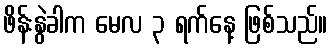
ဖိန်းနွဲခါက မေလ ၃ ရက်နေ့ ဖြစ်သည်။